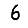
Digit: 6